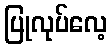
ပြုလုပ်လေ့